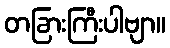
တခြားကြီးပါဗျာ။